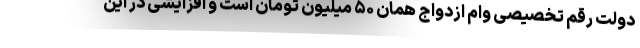
دولت رقم تخصیصی وام ازدواج همان ۵۰ میلیون تومان است و افزایشی در این